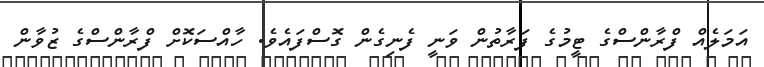
އަމަލެއް ފްރާންސްގެ ޓީމުގެ ފަރާތުން ވަނީ ފެނިގެން ގޮސްފައެވެ. ހާއްސަކޮށް ފްރާންސްގެ ޒުވާން